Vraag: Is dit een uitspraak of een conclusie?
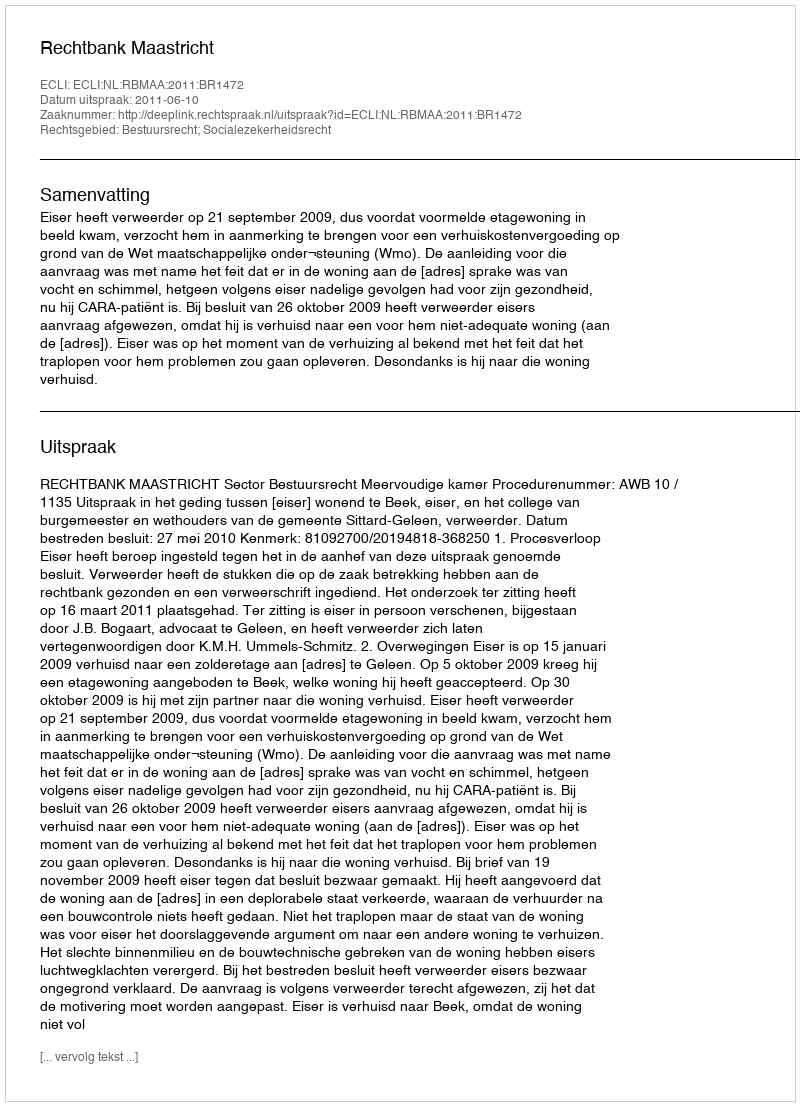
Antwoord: Uitspraak